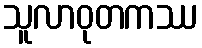
သူလာဝုတကဿ